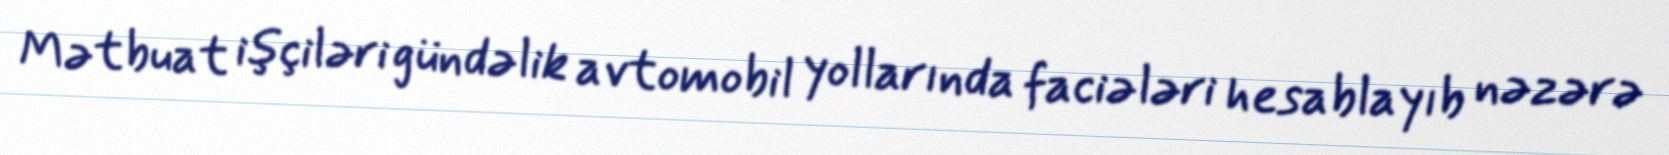
Mətbuat işçiləri gündəlik avtomobil yollarında faciələri hesablayıb nəzərə